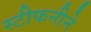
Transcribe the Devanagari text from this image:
स्टीफनीने